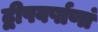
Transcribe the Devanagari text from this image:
द्वीपवर्षाणां